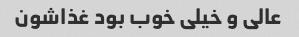
عالی و خیلی خوب بود غذاشون